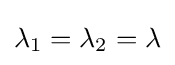
\lambda _{1}=\lambda _{2}=\lambda